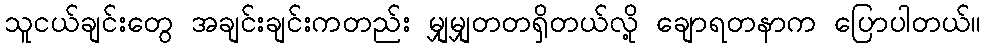
သူငယ်ချင်းတွေ အချင်းချင်းကတည်း မျှမျှတတရှိတယ်လို့ ချောရတနာက ပြောပါတယ်။